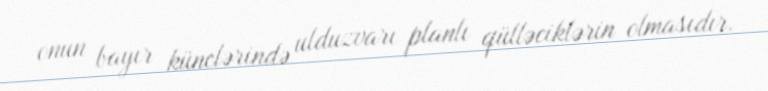
onun bayır künclərində ulduzvarı planlı qülləciklərin olmasıdır.